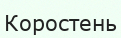
Коростень